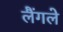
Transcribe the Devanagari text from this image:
लैंगले